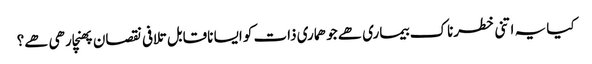
کیا یہ اتنی خطرناک بیماری ھے جو ھماری ذات کو ایسا ناقابل تلافی نقصان پھنچارھی ھے؟